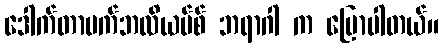
ဒေါက်တာပက်ဘလိယပ်စ် ဘရာဂါ က ပြောပါတယ်။